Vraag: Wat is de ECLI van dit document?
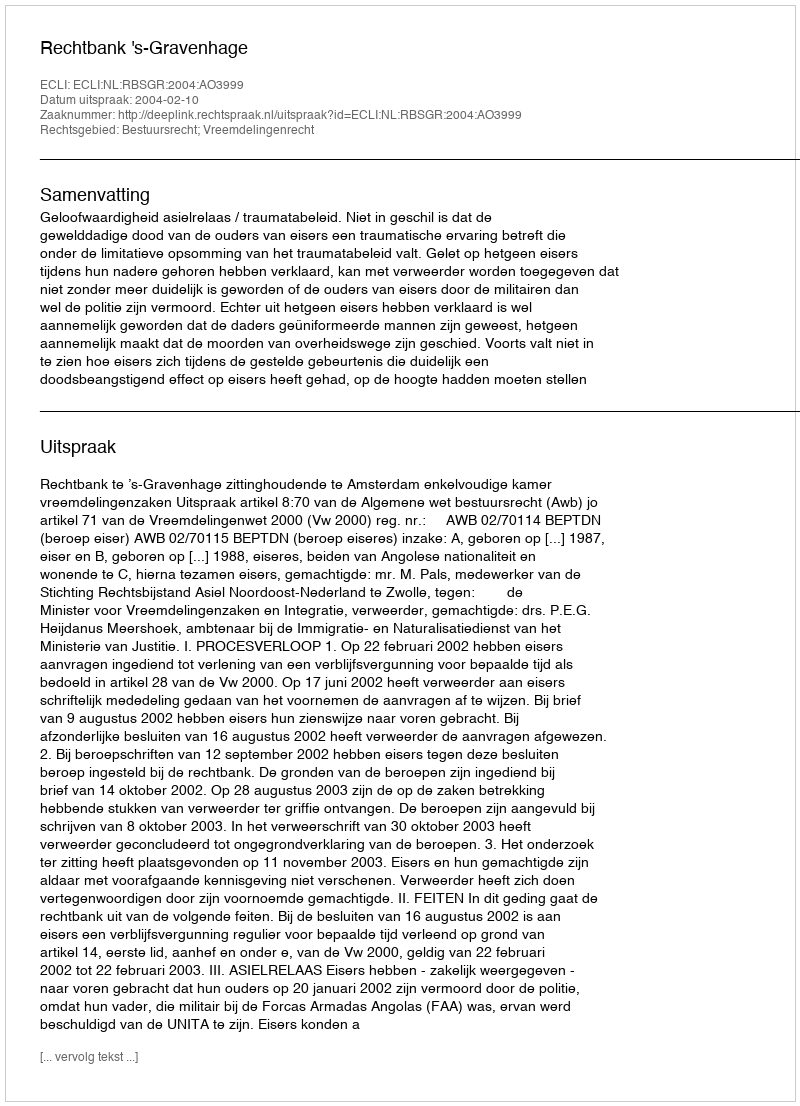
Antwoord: ECLI:NL:RBSGR:2004:AO3999